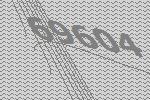
69604